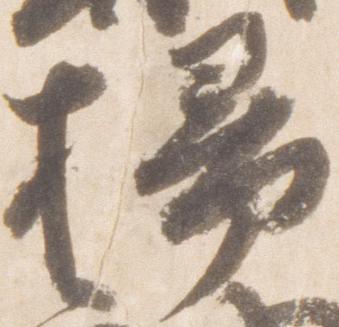
掃